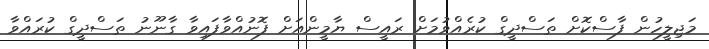
މަޖިލީހުން ފާސްކޮށް ތަސްދީގް ކުރެއްވުމަށް ރައީސް ޔާމީންއަށް ފޮނުއްވާފައިވާ ގާނޫނު ތަސްދީގް ކުރައްވާ